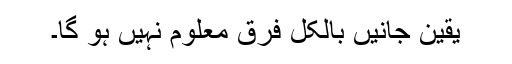
یقین جانیں بالکل فرق معلوم نہیں ہو گا۔